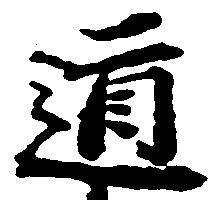
道